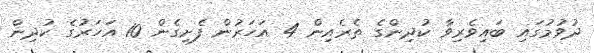
ދުވުމުގައި ބައިވެރިވާ ކުދިންގެ ތެރެއިން 4 އަހަރުން ފެށިގެން 10 އަހަރުގެ ކުދިން